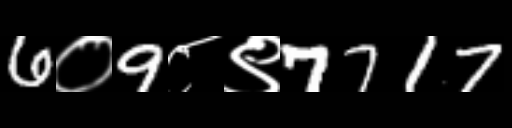
Text: 6०9८९7717